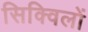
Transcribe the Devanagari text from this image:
सिक्विलों